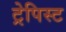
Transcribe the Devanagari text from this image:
ट्रेपिस्ट